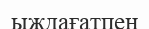
ыждағатпен